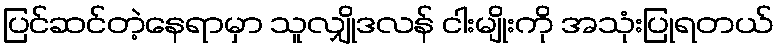
ပြင်ဆင်တဲ့နေရာမှာ သူလျှိုဒလန် ငါးမျိုးကို အသုံးပြုရတယ်